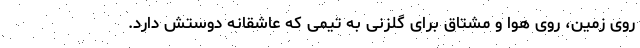
روی زمین، روی هوا و مشتاق برای گلزنی به تیمی که عاشقانه دوستش دارد.